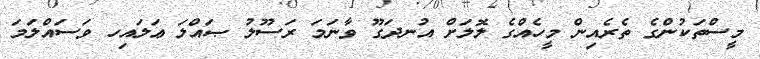
މީސްތަކުންގެ ތެރެއިން މީހެއްގެ ލޮލަށް އުނދަގޫ ވާނަމަ ރަސޫލު ޞައްލަ ޢަލައިހ ވަސައްލަމަ